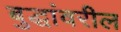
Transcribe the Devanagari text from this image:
बुद्धांवरील